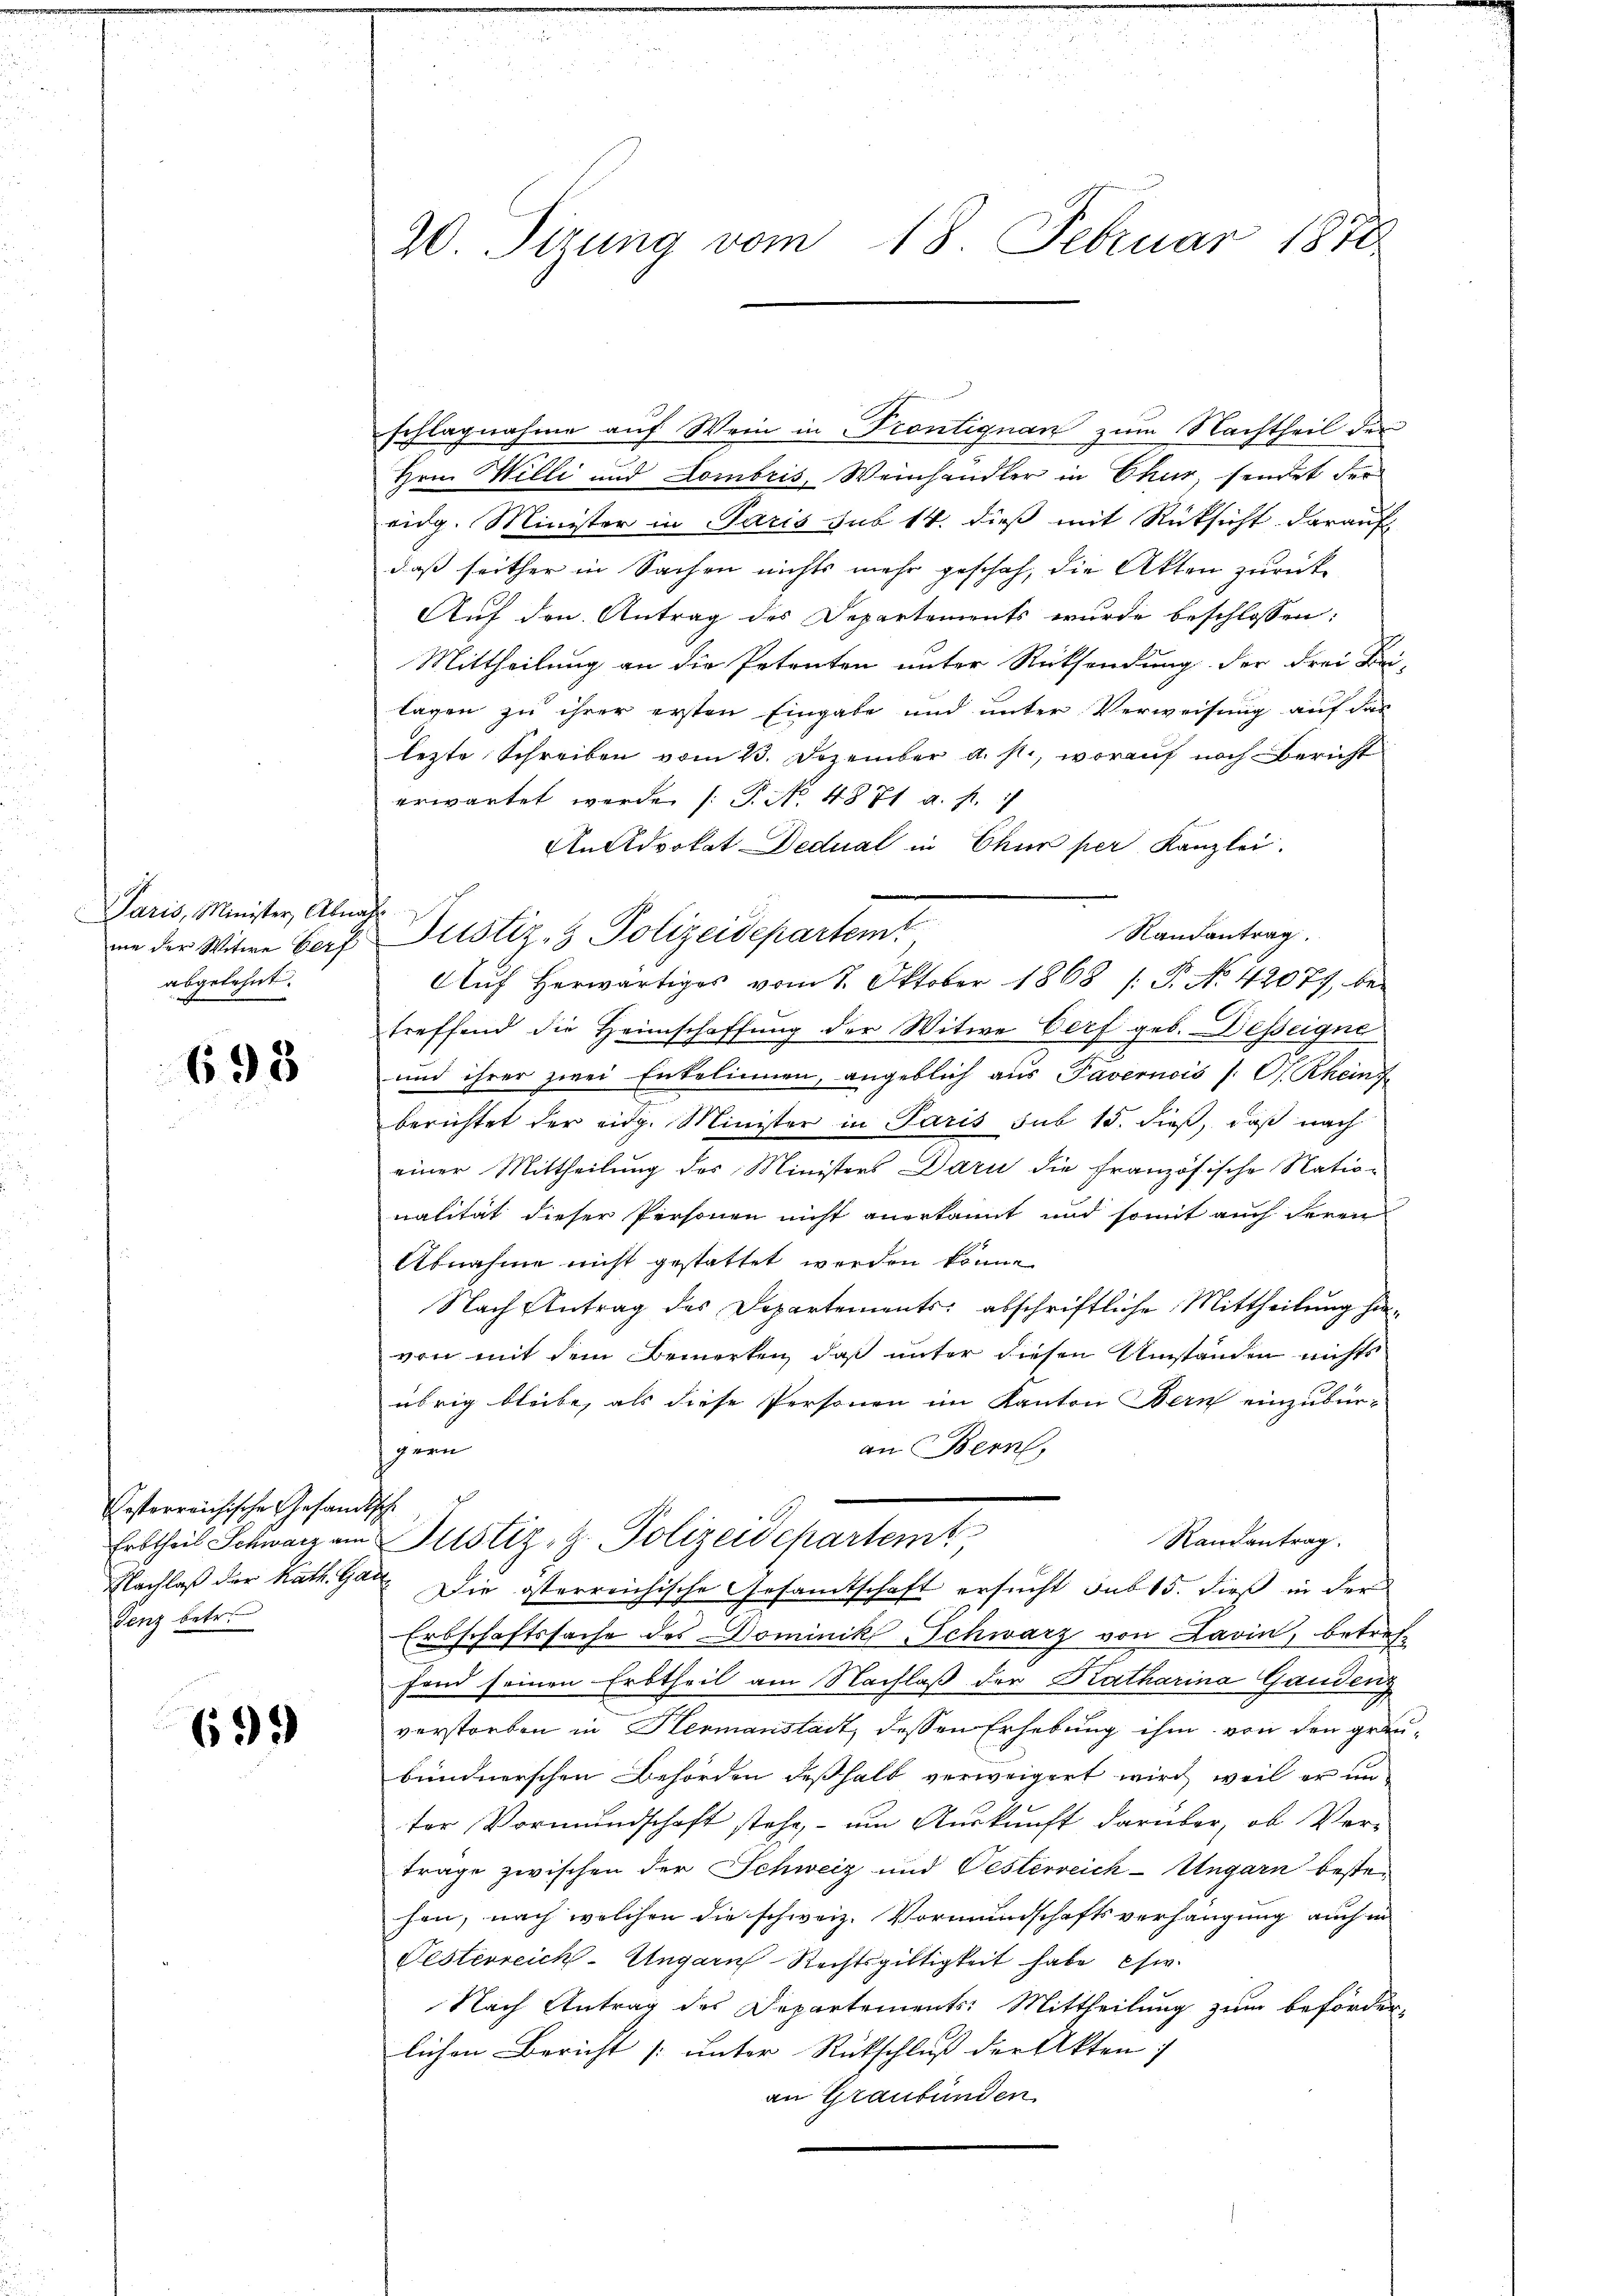
Paris, Minister, Abna
me der Witwe Gerf
abgelehnt.

693

Ersterreichische Gesandtsch
Senz betr.

695

20. Sizung vom 18. Februar 1870

schlagnahme auf Wein in Pcontignan zum Nachtheil der
Hrn. Milli und Dombris, Weinhandler in Chur, sendet der
eidg. Minister in Paris sub 14. dieß mit Rücksicht darauf
daß seither in Sachen nichts mehr geschah, die Akten zurück¬
Auf den Antrag des Departements wurde beschlossen:
Mittheilung an die Petenten unter Rücksendung der drei Bei-
lagen zu ihrer ersten Eingabe und unter Verweisung auf das
lezte Schreiben vom 23. Dezember a. st., worauf noch Bericht
erwartet werde (T. No. 1871 a. p.
AnAdvokat Dedual in Chur per Kanzlei.
.
Randantrag.
Justiz- & Polizeidepartem
Aŭf herwärtiges vom 1. Oktober 1868 /: P. N. 42077, betreffend die Heimschaffung der Witwe Verf geb. Desseigne
und ihrer zwei Entelinnen, angeblich aus Pavernois s. O. Rheing
berichtet der eidg. Minister in Paris sub 15. dieß, daß nach
einer Mittheilung des Ministers Darn die französische Natio-
nalität dieser Personen nicht anerkannt und somit auch deren
Abnahme nicht gestattet werden könne.
Nach Antrag des Departements abschriftliche Mittheilung hievon mit dem Bemerken, daß unter diesen Umständen nichts
übrig bleibe, als diese Personen im Kanton Bern einzubür-
an Bern,
gern
Erttheil Schwarz am Justiz, z. Polizeidepartemt
Raurantrag.
Nachlaß der kath. Gar Die österreichische Gesamtschaft ersucht sub 15. dieß in der
Erbschaftssache des Dominik Schwarz von Lavin, betreff
fand seinen Erbtheil am Nachlaß der Katharina Gandens
verstorben in Hermanstadt, dessen Erhebung ihm von den graubündnerschen Behörden deßhalb verweigert wird, weil er un
ter Vormundschaft stehe, – um Auskunft darüber, ob Verträge zwischen der Schweiz und Vesterreich-Ungarn bestehen, nach welchen die schweiz. Vormundschaftsverhängung auch in
Festerreich-Ungarn Rechtsgültigkeit habe Ew.
Nach Antrag des Departements: Mittheilung zum beförder-
lichen Bericht [unter Rückschluß der Akten:
an Graubünden.